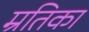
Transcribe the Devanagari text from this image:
म्रतिका